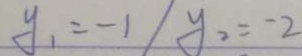
y _ { 1 } = - 1 / y _ { 2 } = - 2